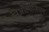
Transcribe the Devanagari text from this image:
निओलोजिस्म